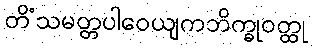
တိံသမတ္တပါဝေယျကဘိက္ခုဝတ္ထု